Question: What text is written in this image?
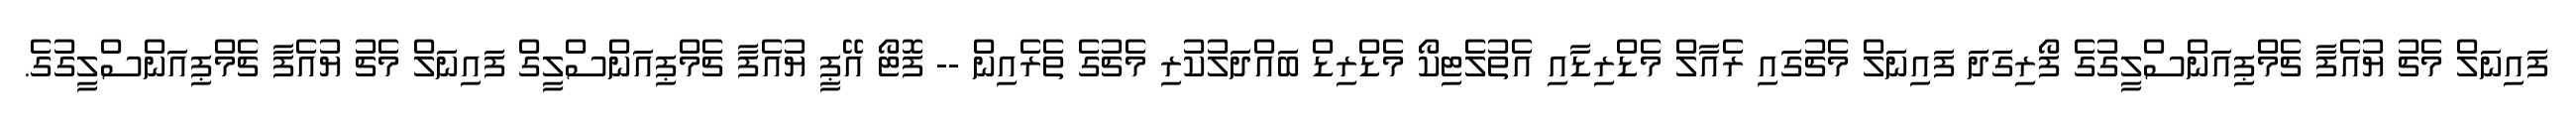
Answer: ފައިނަލް މެޗު ޔުއެފާ ޗެމްޕިއަންސްލީގުގެ ފޯރިގަދަ ފައިނަލް މެޗުގައި ރެއާލް މެޑްރިޑާއި އެތުލެޓިކޯ މެޑްރިޑް ބައްދަލުކުރި މެޗުގެ ތެރެއިން -- ފޮޓޯ އޭޕީ ޔުއެފާ ޗެމްޕިއަންސްލީގް ފައިނަލް މެޗު ޔުއެފާ ޗެމްޕިއަންސްލީގުގެ.